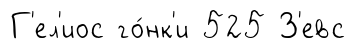
Г'ел'иос го́нк'и 525 З'евс